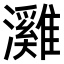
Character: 𤄬